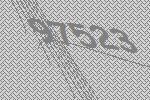
97523